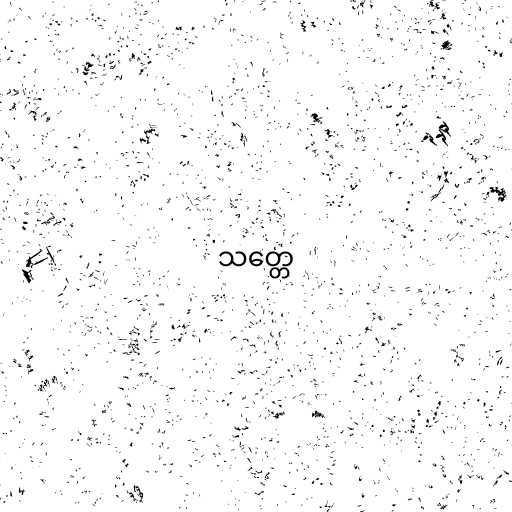
သတ္တေ